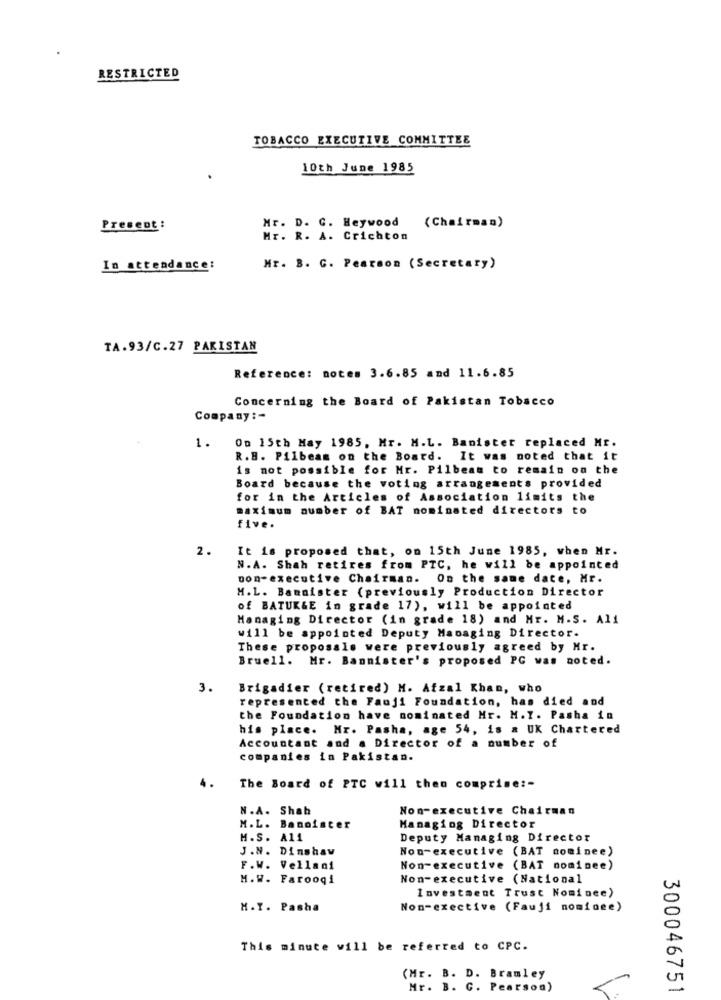
RESTRICTED
TOBACCO EXECUTIVE COMMITTEE
10th June 1985
Present :
Mr. D. C. Heywood (Chairman)
Mr. R. A. Crichton
In attendance:
Mr. B. C. Pearson (Secretary)
TA.93/C.27 PAKISTAN
Reference: notes 3.6.85 and 11.6.85
Concerning the Board of Pakistan Tobacco
Company :-
1.
On 15th May 1985, Mr. M.L. Banister replaced Mr.
R.B. Pilbeam on the Board. It was noted that it
is not possible for Mr. Pilbeam to remain on the
Board because the voting arrangements provided
for in the Articles of Association limits the
maximum number of BAT nominated directors to
five.
2.
It is proposed that, on 15th June 1985, when Mr.
N. A. Shah retires from PTC, he will be appointed
non-executive Chairman. On the same date, Mr.
M.L. Bannister (previously Production Director
of BATUK&E in grade 17), will be appointed
Managing Director (in grade 18) and Mr. M.S. All
will be appointed Deputy Managing Director.
These proposals were previously agreed by Mr.
Bruell. Mr. Bannister's proposed PC was noted.
3.
Brigadier (retired) M. Afzal Khan, who
represented the Fauji Foundation, has died and
the Foundation have nominated Hr. H.T. Pasha in
his place. Mr. Pasha, age 54, is # UK Chartered
Accountant and a Director of a number of
companies in Pakistan.
The Board of PTC will then comprise :-
N .A. Shab
Non-executive Chairman
M.L. Bannister
Managing Director
M.S. A11
Deputy Managing Director
J.N. Dinshaw
Non-executive (BAT nominee)
F.W. Vellani
Non-executive (BAT nominee)
M.W. Farooqi
Non-executive (National
Investment Trust Nomince)
H. T. Pasha
Non-exective (Fauji nominee)
This minute will be referred to CPC.
(Mr. B. D. Bramley
Mr. B. G. Pearson)
300046751